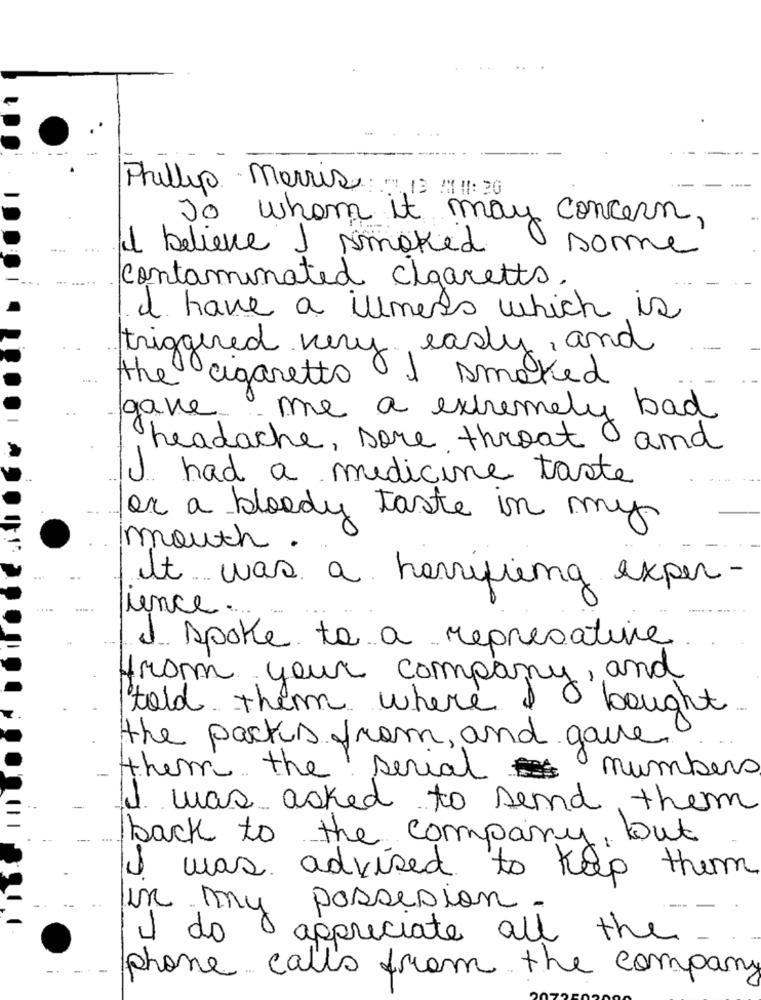
Phillip morris: 13 :11:30
To whom it may concern,
I believe I smoked
some
contaminated cigaretts.
I have a illmens which is
triggered very early, and
I smoked
the cigaretts
gave
me a extremely bad
headache, sore throat and
I had a medicine taste
or a bloody taste in my
mouth
It was a harrifling exper-
lence ..
I spoke to a represative
from your company, and
told them where I
& bought
the packs from, and gave
them the serial numbers
I was asked to send them
back to the company, but
I was advised to keep them
In my possession.
1 do
appreciate all the
phone calls from the company